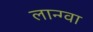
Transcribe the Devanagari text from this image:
लान्ग्वा